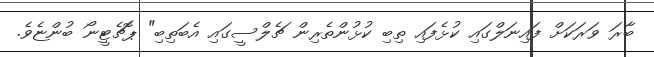
ބާރަ ވަރަކަށް ފައިނަލްގައި ކުޅެފައި ތިބި ކުޅުންތެރިން ޗެލްސީގައި އެބަތިބި" ޕޮޗެޓީނޯ ބުންޏެވެ.